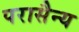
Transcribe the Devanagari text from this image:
परासैन्य